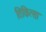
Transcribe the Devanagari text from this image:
तिकित्सा